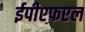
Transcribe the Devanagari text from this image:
ईपीएफएल